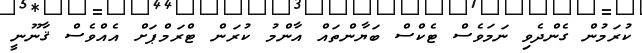
ކުރަމުން ގެންދެވި ނަމަވެސް ޓެކްސް ބަޔާންތައް އާންމު ކުރަން ޓްރަމްޕަށް އެއްވެސް ޤާނޫނީ